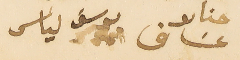
حنا بو عسَاف            يوسف الياس